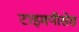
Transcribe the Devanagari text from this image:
टाइमपीसेस